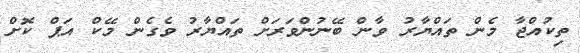
ތިކުއްޖާ މެން ތައްޔާރު ވާން ބޭނުންވަރަަށް ތައްޔާރު ވެގެން މޭކް އަޕް ކޮށް